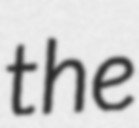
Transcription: the